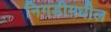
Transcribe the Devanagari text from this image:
निगडीमधील